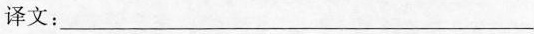
译文：___